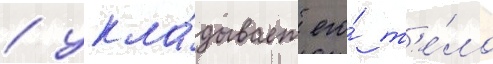
/ укла́дывает его́ т'е́ло